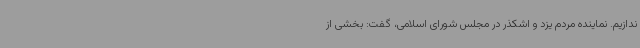
ندازیم. نماینده مردم یزد و اشکذر در مجلس شورای اسلامی، گفت: بخشی از